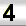
Digit: 3